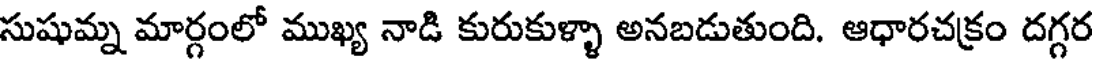
సుషుమ్న మార్గంలో ముఖ్య నాడి కురుకుళ్ళా అనబడుతుంది. ఆధారచక్రం దగ్గర